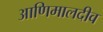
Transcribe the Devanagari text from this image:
आणिमालदीव